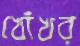
খোঁখর